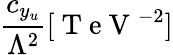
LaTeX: \frac{c_{y_{u}}}{\Lambda^{2}}[\mathrm{~T~e~V~}^{-2}]